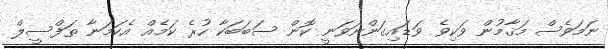
ނަމަވެސް މަޤާމުން ވަކިވެ ވަޑައިގަންނަވަނީ ކޮން ސަބަބަކާ ހުރެ ކަމެއް އެކަމަނާ ތަފްސީލް